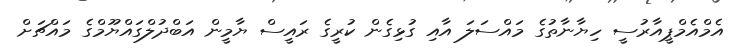
އެމްއެމްޕީއާރުސީ ހިޔާނާތުގެ މައްސަލަ އާއި ގުޅިގެން ކުރީގެ ރައީސް ޔާމީން އަބްދުލްގައްްޔޫމްގެ މައްޗަށް